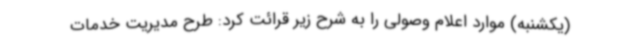
(یکشنبه) موارد اعلام وصولی را به شرح زیر قرائت کرد: طرح مدیریت خدمات